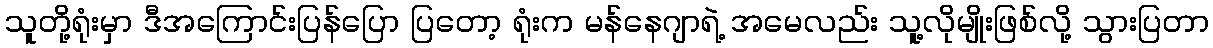
သူတို့ရုံးမှာ ဒီအကြောင်းပြန်ပြော ပြတော့ ရုံးက မန်နေဂျာရဲ့ အမေလည်း သူ့လိုမျိုးဖြစ်လို့ သွားပြတာ